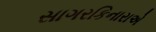
સાગરકિનારાએ